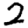
Digit: 2